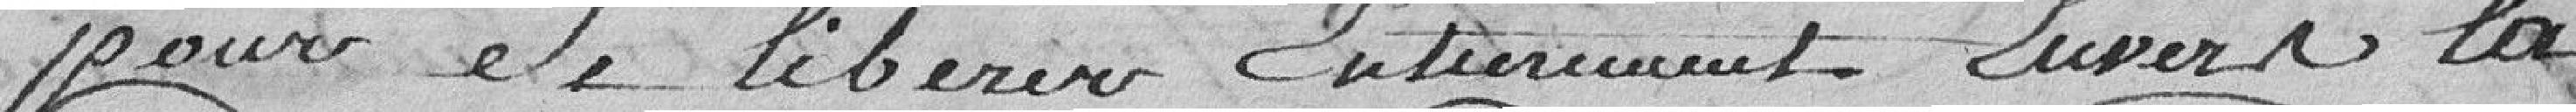
pour les libérer entièrement livrer la